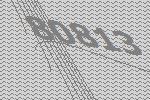
80813